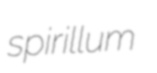
spirillum